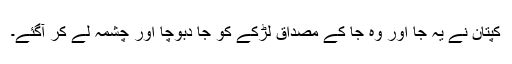
کپتان نے یہ جا اور وہ جا کے مصداق لڑکے کو جا دبوچا اور چشمہ لے کر آگئے۔